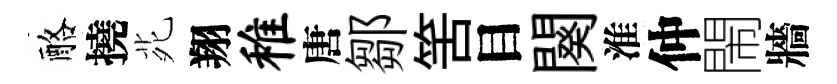
酪撓𫟍翔稚唐鄒筈目闋淮仲閙牆